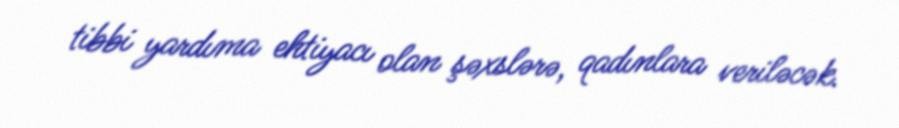
tibbi yardıma ehtiyacı olan şəxslərə, qadınlara veriləcək.